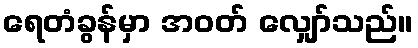
ရေတံခွန်မှာ အဝတ် လျှော်သည်။